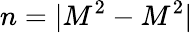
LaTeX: n=|M^{2}-M^{2}|